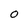
Character: O